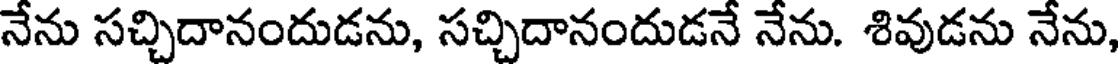
నేను సచ్చిదానందుడను, సచ్చిదానందుడనే నేను. శివుడను నేను,